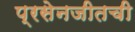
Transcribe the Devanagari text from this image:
प्रसेनजीतची